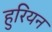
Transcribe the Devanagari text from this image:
हुरियन